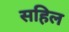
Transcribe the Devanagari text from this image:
सहिल